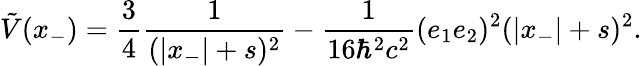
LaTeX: \tilde{V}(x_{-})=\frac{3}{4}\frac{1}{(|x_{-}|+s)^{2}}-\frac{1}{16{\hbar}^{2}c^{2}}(e_{1}e_{2})^{2}(|x_{-}|+s)^{2}.